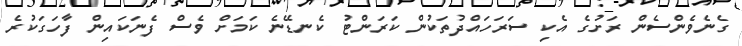
ގެނެވެންސެން ރަށުގެ އެކި ސަރަހައްދުތަކުން ކަރަންޓު ކެނޑޭނެ ކަމަށް ވެސް ފެނަކައިން ފާހަގަކުރެ